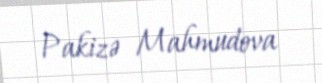
Pakizə Mahmudova